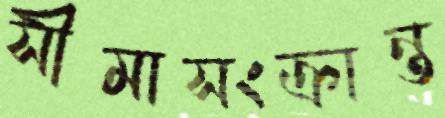
সীমাসংক্রান্ত